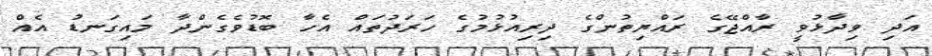
އަދި ވިދާޅުވީ ރާއްޖޭގެ ރައްޔިތުންގެ ދިރިއުޅުމުގެ ހަރަދުތައް އެހާ ބޮޑުވެގެންދާ މައިގަނޑު އެއް